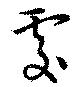
處